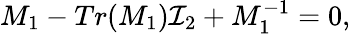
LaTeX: M_{1}-Tr(M_{1}){\cal I}_{2}+M_{1}^{-1}=0,